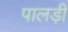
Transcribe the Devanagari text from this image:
पालड़ी